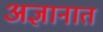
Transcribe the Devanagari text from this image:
अज्ञानात